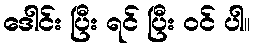
ဒေါင်း ပြီး ရင် ပြီး ဝင် ပါ။